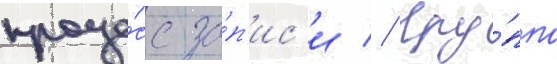
проце́сс за́п'ис'и // Гру́ппа